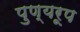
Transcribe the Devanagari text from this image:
पुण्यरूप